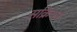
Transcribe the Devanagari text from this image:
सक्रियन